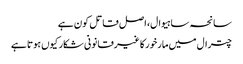
سانحہ ساہیوال، اصل قاتل کون ہے
چترال میں مارخورکا غیرقانونی شکار کیوں ہوتا ہے